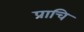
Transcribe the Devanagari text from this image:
प्राचि